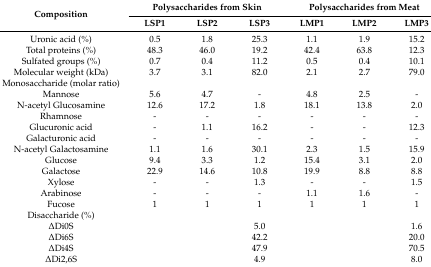
<table><thead><tr><td rowspan="2"><b>Composition</b></td><td colspan="3"><b>Polysaccharides from Skin</b></td><td colspan="3"><b>Polysaccharides from Meat</b></td></tr><tr><td><b>LSP1</b></td><td><b>LSP2</b></td><td><b>LSP3</b></td><td><b>LMP1</b></td><td><b>LMP2</b></td><td><b>LMP3</b></td></tr></thead><tbody><tr><td>Uronic acid (%)</td><td>0.5</td><td>1.8</td><td>25.3</td><td>1.1</td><td>1.9</td><td>15.2</td></tr><tr><td>Total proteins (%)</td><td>48.3</td><td>46.0</td><td>19.2</td><td>42.4</td><td>63.8</td><td>12.3</td></tr><tr><td>Sulfated groups (%)</td><td>0.7</td><td>0.4</td><td>11.2</td><td>0.5</td><td>0.4</td><td>10.1</td></tr><tr><td>Molecular weight (kDa)</td><td>3.7</td><td>3.1</td><td>82.0</td><td>2.1</td><td>2.7</td><td>79.0</td></tr><tr><td>Monosaccharide (molar ratio)</td><td></td><td></td><td></td><td></td><td></td><td></td></tr><tr><td>Mannose</td><td>5.6</td><td>4.7</td><td>-</td><td>4.8</td><td>2.5</td><td>-</td></tr><tr><td>N-acetyl Glucosamine</td><td>12.6</td><td>17.2</td><td>1.8</td><td>18.1</td><td>13.8</td><td>2.0</td></tr><tr><td>Rhamnose</td><td>-</td><td>-</td><td>-</td><td>-</td><td>-</td><td>-</td></tr><tr><td>Glucuronic acid</td><td>-</td><td>1.1</td><td>16.2</td><td>-</td><td>-</td><td>12.3</td></tr><tr><td>Galacturonic acid</td><td>-</td><td>-</td><td>-</td><td>-</td><td>-</td><td>-</td></tr><tr><td>N-acetyl Galactosamine</td><td>1.1</td><td>1.6</td><td>30.1</td><td>2.3</td><td>1.5</td><td>15.9</td></tr><tr><td>Glucose</td><td>9.4</td><td>3.3</td><td>1.2</td><td>15.4</td><td>3.1</td><td>2.0</td></tr><tr><td>Galactose</td><td>22.9</td><td>14.6</td><td>10.8</td><td>19.9</td><td>8.8</td><td>8.8</td></tr><tr><td>Xylose</td><td>-</td><td>-</td><td>1.3</td><td>-</td><td>-</td><td>1.5</td></tr><tr><td>Arabinose</td><td>-</td><td>-</td><td>-</td><td>1.1</td><td>1.6</td><td>-</td></tr><tr><td>Fucose</td><td>1</td><td>1</td><td>1</td><td>1</td><td>1</td><td>1</td></tr><tr><td>Disaccharide (%)</td><td></td><td></td><td></td><td></td><td></td><td></td></tr><tr><td>ΔDi0S</td><td></td><td></td><td>5.0</td><td></td><td></td><td>1.6</td></tr><tr><td>ΔDi6S</td><td></td><td></td><td>42.2</td><td></td><td></td><td>20.0</td></tr><tr><td>ΔDi4S</td><td></td><td></td><td>47.9</td><td></td><td></td><td>70.5</td></tr><tr><td>ΔDi2,6S</td><td></td><td></td><td>4.9</td><td></td><td></td><td>8.0</td></tr></tbody></table>